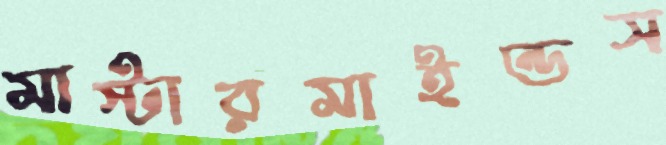
মাস্টারমাইন্ডস